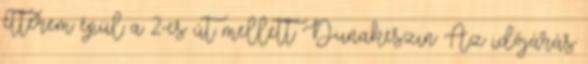
étterem épül a 2-es út mellett Dunakeszin Az időjárás